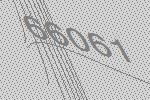
66061